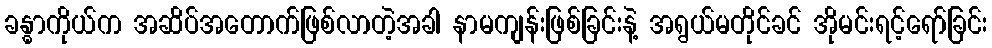
ခန္ဓာကိုယ်က အဆိပ်အတောက်ဖြစ်လာတဲ့အခါ နာမကျန်းဖြစ်ခြင်းနဲ့ အရွယ်မတိုင်ခင် အိုမင်းရင့်ရော်ခြင်း